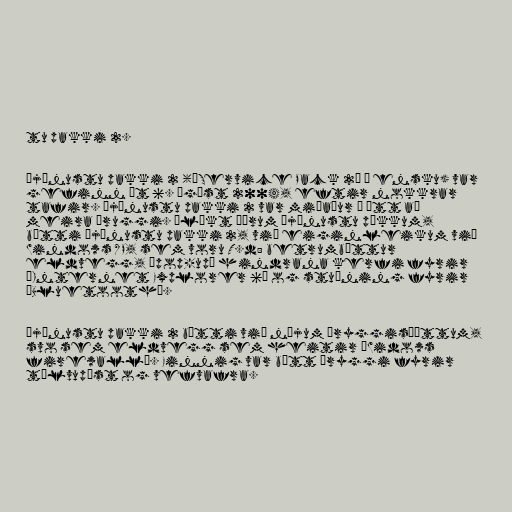
tu pakki 2.

Þjónustu pakki 2 („Service Pack 2“ á ensku) var
gefinn út 6. ágúst 2004, eftir nokkrar
tafir. Þjónustu pakki 2 var miðaður í átt að
meira öruggi. Ólíkt öðrum þjónustu pökkum,
bætti þjónustu pakki 2, við eiginleikum við
Windows XP, sem voru T.d: betrumbættur
eldvegg, „pop-up“ hindrana kerfi fyrir
„Internet Explorer 6“ og stuðning fyrir
„Bluetooth“.

Þjónustu pakki 2 bætti við nýjum öryggisþáttum,
svo sem eldvegg sem heitir „Widows
firewall“. Einnig var bætt öryggi fyrir
tölvupóst og vefvafra.